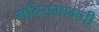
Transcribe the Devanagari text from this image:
मंदिरामागची